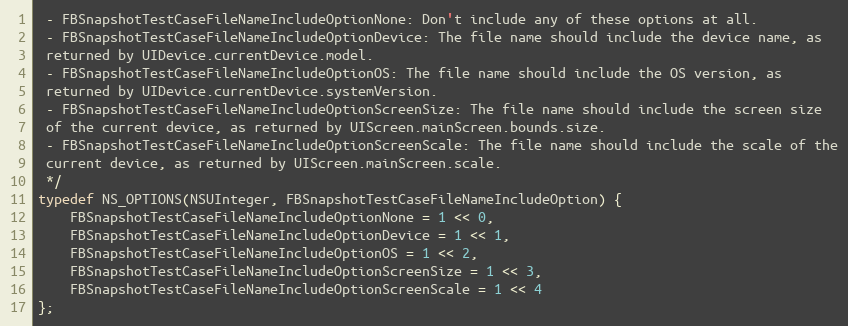
Language: C
 - FBSnapshotTestCaseFileNameIncludeOptionNone: Don't include any of these options at all.
 - FBSnapshotTestCaseFileNameIncludeOptionDevice: The file name should include the device name, as
 returned by UIDevice.currentDevice.model.
 - FBSnapshotTestCaseFileNameIncludeOptionOS: The file name should include the OS version, as
 returned by UIDevice.currentDevice.systemVersion.
 - FBSnapshotTestCaseFileNameIncludeOptionScreenSize: The file name should include the screen size
 of the current device, as returned by UIScreen.mainScreen.bounds.size.
 - FBSnapshotTestCaseFileNameIncludeOptionScreenScale: The file name should include the scale of the
 current device, as returned by UIScreen.mainScreen.scale.
 */
typedef NS_OPTIONS(NSUInteger, FBSnapshotTestCaseFileNameIncludeOption) {
    FBSnapshotTestCaseFileNameIncludeOptionNone = 1 << 0,
    FBSnapshotTestCaseFileNameIncludeOptionDevice = 1 << 1,
    FBSnapshotTestCaseFileNameIncludeOptionOS = 1 << 2,
    FBSnapshotTestCaseFileNameIncludeOptionScreenSize = 1 << 3,
    FBSnapshotTestCaseFileNameIncludeOptionScreenScale = 1 << 4
};